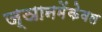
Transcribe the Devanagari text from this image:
ज्ञानमेंकेवल